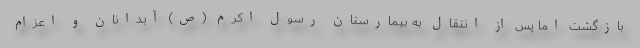
بازگشت اما پس از انتقال به بیمارستان رسول اکرم (ص) آبدانان و اعزام